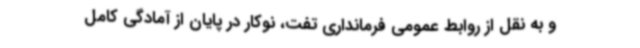
و به نقل از روابط عمومی فرمانداری تفت، نوکار در پایان از آمادگی کامل